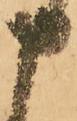
申